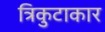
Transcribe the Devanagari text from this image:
त्रिकुटाकार